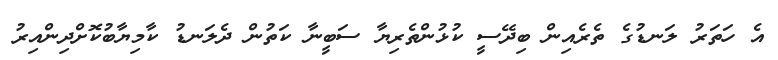
އެ ހަތަރު ލަނޑުގެ ތެރެއިން ބިދޭސީ ކުޅުންތެރިޔާ ސަބީނާ ކަތުން ދެލަނޑު ކާމިޔާބުކޮށްދިންއިރު